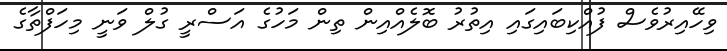
ވިހޭއިރުވެސް ފުއްކިބައިގައި އިތުރު ބޮލެއްއިން ތިން މަހުގެ އަސްރީ ގުލް ވަނީ މިހަފްތާގެ